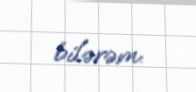
bilərəm.